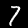
Label: 7